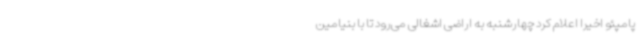
پامپئو اخیرا اعلام کرد چهارشنبه به اراضی اشغالی می‌رود تا با بنیامین